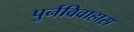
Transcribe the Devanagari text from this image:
पुर्नविवाहास